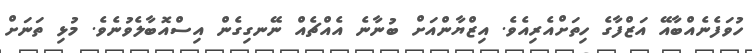
ހުވަފެނެއްބާއޭ އަޒްފާގެ ހިތަށްއެރިއެވެ. އިޒްޔާންއަށް ބުނާނެ އެއްޗެއް ނޭނގިގެން އިސްއޮބާލެވުނެވެ. މުޅި ތަނަށް